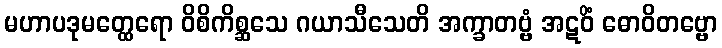
မဟာပဒုမတ္ထေရော ဝိစိကိစ္ဆသေ ဂယာသီသေတိ အက္ခာတဗ္ဗံ အဋဝိံ ဓောဝိတဗ္ဗော